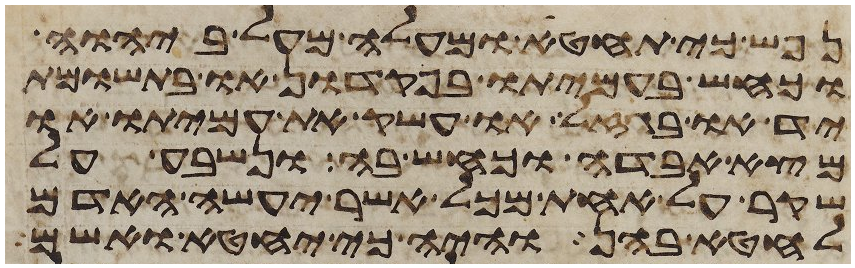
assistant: נפש כי תחטא ומעלה מעל ביהוה
וכחש בעמיתו בפקדון או בתשומת
יד או בגזל או עשק את עמיתו או
מצא אבדה וכחש בה ונשבע על
שקר על אחת מכל אשר יעשה האדם
לחטא בהן והיה כי יחטא ואשם